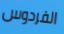
الفردوس